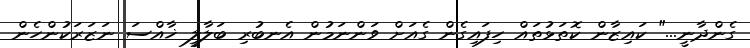
ގެންދާނީ..." ކައިޒާން ކޮތަޅުތައް ހިފައިގެން ގެއަށް ވަންނަމުން އެނބުރި ބަލާލީ ޚާއްސަ ނަޒަރަކުންހެން